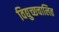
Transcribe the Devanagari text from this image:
विद्युच्छचालित